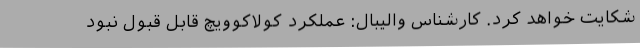
شکایت خواهد کرد. کارشناس والیبال: عملکرد کولاکوویچ قابل قبول نبود